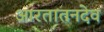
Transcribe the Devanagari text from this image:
आरतातनदेव